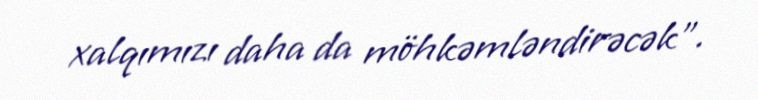
xalqımızı daha da möhkəmləndirəcək”.